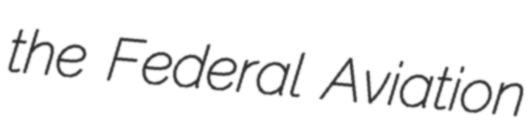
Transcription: the Federal Aviation